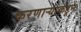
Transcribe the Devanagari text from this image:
करणाऱ्यांकडून